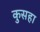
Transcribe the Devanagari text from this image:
कुसहा